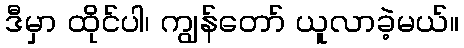
ဒီမှာ ထိုင်ပါ၊ ကျွန်တော် ယူလာခဲ့မယ်။